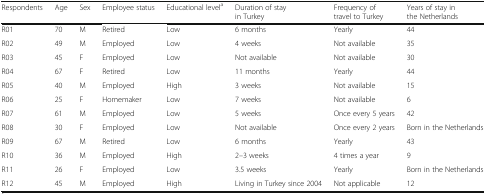
<table><thead><tr><td><b>Respondents</b></td><td><b>Age</b></td><td><b>Sex</b></td><td><b>Employee status</b></td><td><b>Educational level<sup>a</sup></b></td><td><b>Duration of stay in Turkey</b></td><td><b>Frequency of travel to Turkey</b></td><td><b>Years of stay in the Netherlands</b></td></tr></thead><tbody><tr><td>R01</td><td>70</td><td>M</td><td>Retired</td><td>Low</td><td>6 months</td><td>Yearly</td><td>44</td></tr><tr><td>R02</td><td>49</td><td>M</td><td>Employed</td><td>Low</td><td>4 weeks</td><td>Not available</td><td>35</td></tr><tr><td>R03</td><td>45</td><td>F</td><td>Employed</td><td>Low</td><td>Not available</td><td>Not available</td><td>30</td></tr><tr><td>R04</td><td>67</td><td>F</td><td>Retired</td><td>Low</td><td>11 months</td><td>Yearly</td><td>44</td></tr><tr><td>R05</td><td>40</td><td>M</td><td>Employed</td><td>High</td><td>3 weeks</td><td>Not available</td><td>15</td></tr><tr><td>R06</td><td>25</td><td>F</td><td>Homemaker</td><td>Low</td><td>7 weeks</td><td>Not available</td><td>6</td></tr><tr><td>R07</td><td>61</td><td>M</td><td>Employed</td><td>Low</td><td>5 weeks</td><td>Once every 5 years</td><td>42</td></tr><tr><td>R08</td><td>30</td><td>F</td><td>Employed</td><td>Low</td><td>Not available</td><td>Once every 2 years</td><td>Born in the Netherlands</td></tr><tr><td>R09</td><td>67</td><td>M</td><td>Retired</td><td>Low</td><td>6 months</td><td>Yearly</td><td>43</td></tr><tr><td>R10</td><td>36</td><td>M</td><td>Employed</td><td>High</td><td>2–3 weeks</td><td>4 times a year</td><td>9</td></tr><tr><td>R11</td><td>26</td><td>F</td><td>Employed</td><td>Low</td><td>3.5 weeks</td><td>Yearly</td><td>Born in the Netherlands</td></tr><tr><td>R12</td><td>45</td><td>M</td><td>Employed</td><td>High</td><td>Living in Turkey since 2004</td><td>Not applicable</td><td>12</td></tr></tbody></table>